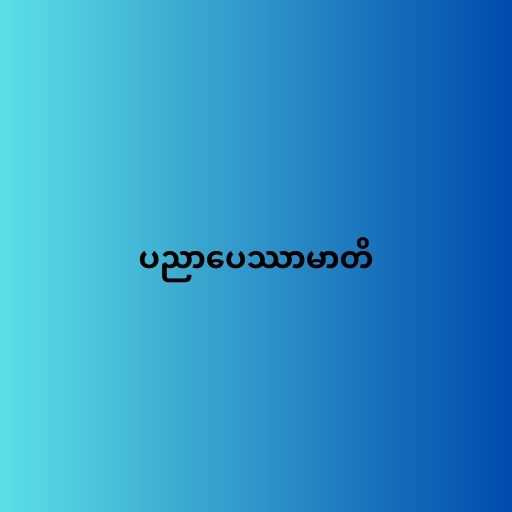
ပညာပေဿာမာတိ